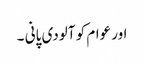
اور عوام کو آلودی پانی ۔